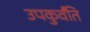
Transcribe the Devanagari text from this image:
उपकुर्वंति